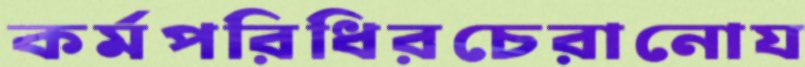
কর্মপরিধিরচেরানোয